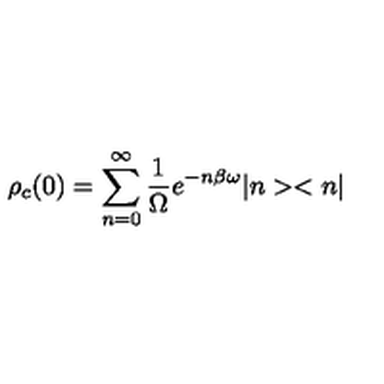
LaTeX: \rho _ { c } ( 0 ) = \sum _ { n = 0 } ^ { \infty } \frac { 1 } { \Omega } e ^ { - n \beta \omega } | n > < n |